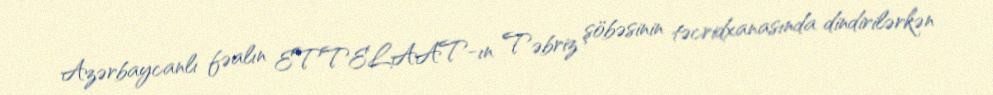
Azərbaycanlı fəalın ETTELAAT-ın Təbriz şöbəsinin təcridxanasında dindirilərkən